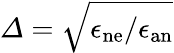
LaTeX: \varDelta=\sqrt{{{\epsilon_{\mathrm{ne}}}/{\epsilon_{\mathrm{an}}}}}